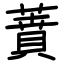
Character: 蕡